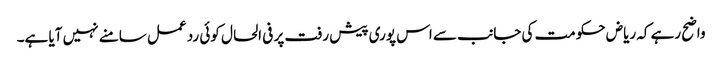
واضح رہے کہ ریاض حکومت کی جانب سے اس پوری پیش رفت پر فی الحال کوئی رد عمل سامنے نہیں آیا ہے۔